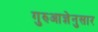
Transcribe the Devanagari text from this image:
गुरुआज्ञेनुसार